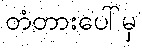
တံတားပေါ်မှ